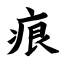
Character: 痕